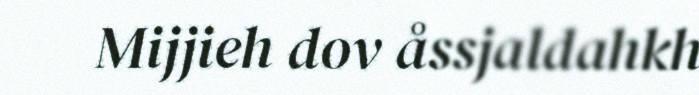
Mijjieh dov åssjaldahkh